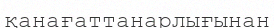
қанағаттанарлығынан